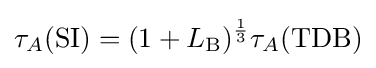
\tau _{A}({\rm {SI}})=(1+L_{\rm {B}})^{\frac {1}{3}}\tau _{A}({\rm {TDB}})